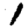
Digit: 1